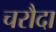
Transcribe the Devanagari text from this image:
चरौदा